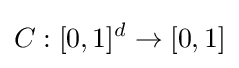
C:[0,1]^{d}\rightarrow [0,1]